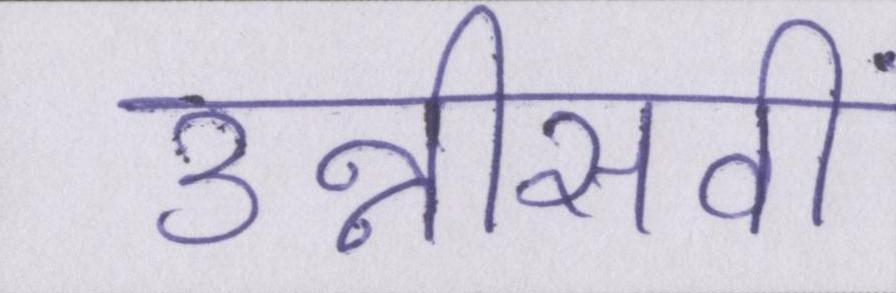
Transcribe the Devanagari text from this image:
उन्नीसवीं